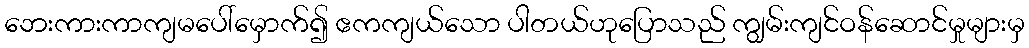
ဘေးကားကာကျမပေါ်မှောက်၍ ဧကကျယ်သော ပါတယ်ဟုပြောသည် ကျွမ်းကျင်ဝန်ဆောင်မှုများမှ